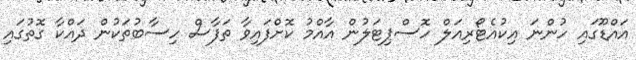
އައްޑޫގައި ހުންނަ އިކުއެޓޯރިއަލް ހޮސްޕިޓަލުން އާއްމު ކޮށްފައިވާ ތަފާސް ހިސާބުތަކުން ދައްކާ ގޮތުގައި